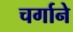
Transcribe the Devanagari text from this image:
चर्गाने